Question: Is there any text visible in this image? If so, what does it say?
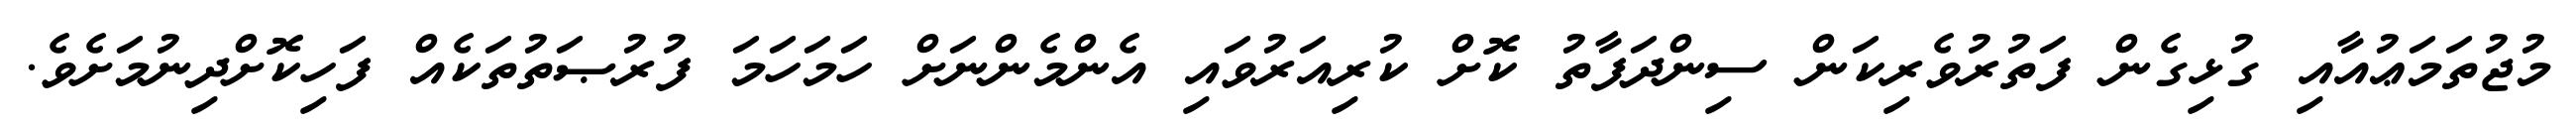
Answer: މުޖުތަމަޢުއާއި ގުޅިގެން ފަތުރުވެރިކަން ސިންދަފާތު ކޮށް ކުރިއަރުވައި އެންމެންނަށް ހަމަހަމަ ފުރުޞަތުތަކެއް ފަހިކޮށްދިނުމަށެވެ.